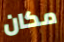
مكان